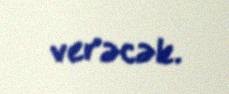
verəcək.